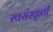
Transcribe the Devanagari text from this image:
स्वसंस्कृती